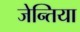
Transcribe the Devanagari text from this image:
जेन्तिया